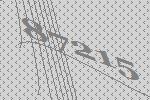
87215